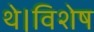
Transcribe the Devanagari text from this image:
थे।विशेष